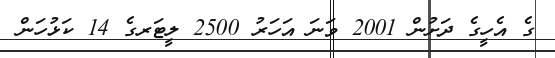
ގެ އެހީގެ ދަށުން 2001 ވަނަ އަހަރު 2500 ލީޓަރގެ 14 ކަޅުހަން